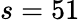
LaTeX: s=51